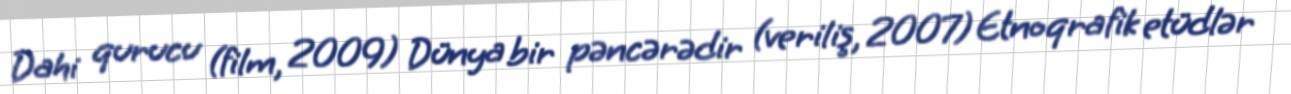
Dahi qurucu (film, 2009) Dünya bir pəncərədir (veriliş, 2007) Etnoqrafik etüdlər